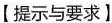
[提示与要求】